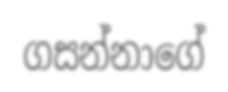
ගසන්නාගේ